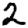
Digit: 2